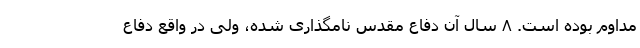
مداوم بوده است. ۸ سال آن دفاع مقدس نامگذاری شده، ولی در واقع دفاع